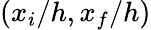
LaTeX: (x_{i}/h,x_{f}/h)